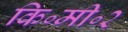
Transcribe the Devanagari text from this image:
कि॰मी॰२